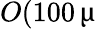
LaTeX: O(100\, \upmu